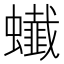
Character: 䘂